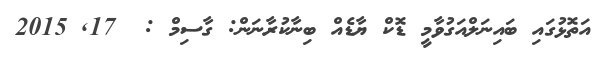
އަތޮޅުގައި ބައިނަލްއަގުވާމީ ޑޮކް ޔާޑެއް ބިނާކުރާނަން: ގާސިމް :  17